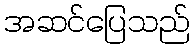
အဆင်ပြေသည်